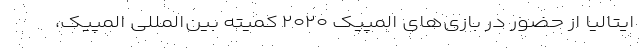
ایتالیا از حضور در بازی‌های المپیک ۲۰۲۰ کمیته بین‌المللی المپیک،